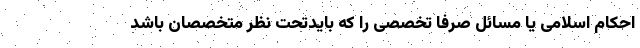
احکام اسلامی یا مسائل صرفاً تخصصی را که بایدتحت نظر متخصصان باشد